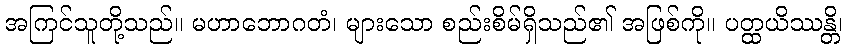
အကြင်သူတို့သည်။ မဟာဘောဂတံ၊ များသော စည်းစိမ်ရှိသည်၏ အဖြစ်ကို။ ပတ္ထယိဿန္တိ၊